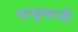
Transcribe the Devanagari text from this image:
चाकूबाजी